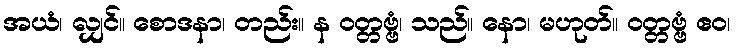
အယံ၊ လျှင်။ စောဒနာ၊ တည်း။ န ဝတ္တဗ္ဗံ၊ သည်။ နော၊ မဟုတ်။ ဝတ္တဗ္ဗံ ဧဝ၊